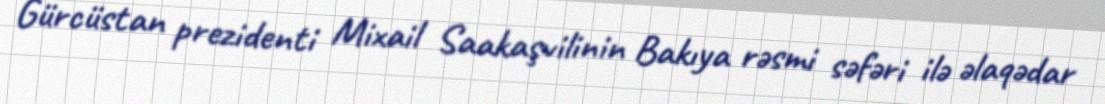
Gürcüstan prezidenti Mixail Saakaşvilinin Bakıya rəsmi səfəri ilə əlaqədar